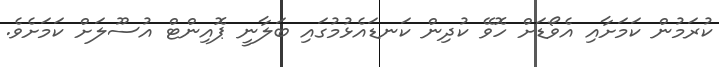
ކުރަމުން ކަމަށާއި އެވޯޑަށް ހޮވޭ ކުދިން ކަނޑައެޅުމުގައި ބަލާނީ ޕޮއިންޓް އުސޫލަށް ކަމަށެވެ.